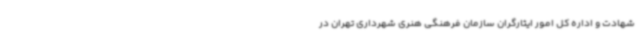
شهادت و اداره کل امور ایثارگران سازمان فرهنگی هنری شهرداری تهران در